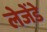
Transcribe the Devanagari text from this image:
लेजेंडे